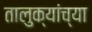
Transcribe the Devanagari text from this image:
तालुक्‍यांच्या